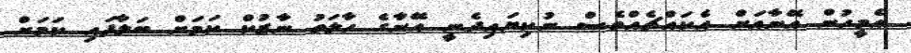
އެމީހުން އޭނާއަށް އެކައްޗެއްވެސް ނުކިޔައިދެނީ އޭނާގެ ހާލަތު ނާޒުކް ކަމަށް ބަލާފައި ކަމަށް